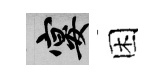
宴困